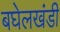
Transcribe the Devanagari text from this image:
बघेलखंडी